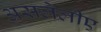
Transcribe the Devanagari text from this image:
असलेलीए